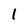
Character: 1